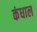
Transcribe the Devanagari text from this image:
कंधाल